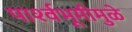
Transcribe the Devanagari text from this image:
पार्श्‍वभूमीमुळे